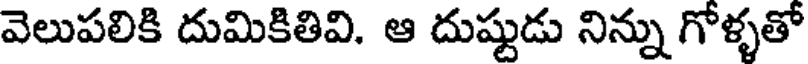
వెలుపలికి దుమికితివి. ఆ దుష్టుడు నిన్ను గోళ్ళతో